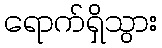
ရောက်ရှိသွား